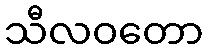
သီလဝတော